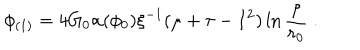
\phi _ { ( 1 ) } = 4 G _ { 0 } \alpha ( \phi _ { 0 } ) \xi ^ { - 1 } ( \mu + \tau - I ^ { 2 } ) \ln \frac { \rho } { r _ { 0 } } \; .